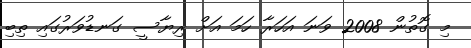
މި ގޮތުން 2008 ވަނަ އަހަރާ ހަމަ އަށް ރިޔާސީ ގަނޑުވަރުގައި ތިބި